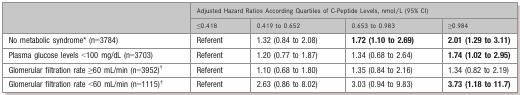
| <ROWSPAN=2>  | <COLSPAN=4> Adjusted Hazard Ratios According Quartiles of C‐Peptide Levels, nmol/L (95% CI) |
 | ≤0.418 | 0.419 to 0.652 | 0.653 to 0.983 | ≥0.984 |
 | --- | --- | --- | --- | --- |
 | No metabolic syndrome* (n=3784) | Referent | 1.32 (0.84 to 2.08) | 1.72 (1.10 to 2.69) | 2.01 (1.29 to 3.11) |
 | Plasma glucose levels <100 mg/dL (n=3703) | Referent | 1.20 (0.77 to 1.87) | 1.34 (0.68 to 2.64) | 1.74 (1.02 to 2.95) |
 | Glomerular filtration rate ≥60 mL/min (n=3952)* | Referent | 1.10 (0.68 to 1.80) | 1.35 (0.84 to 2.16) | 1.34 (0.82 to 2.19) |
 | Glomerular filtration rate <60 mL/min (n=1115)* | Referent | 2.63 (0.86 to 8.02) | 3.03 (0.94 to 9.83) | 3.73 (1.18 to 11.7) |